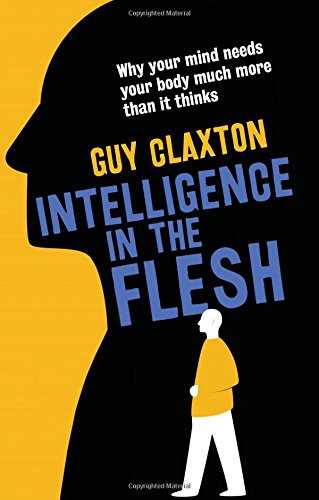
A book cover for Intelligence in the Flesh: Why Your Mind Needs Your Body Much More Than It Thinks; Guy Claxton; Medical Books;